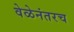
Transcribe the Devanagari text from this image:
वेळेनंतरच